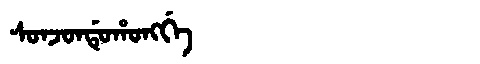
Manchu: ᠰᠣᠨᠵᠣᠨᡩᡠᡥᠣᠩᡤᡝ
Romanization: SONJONDUHONGGE